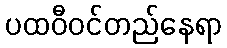
ပထဝီဝင်တည်နေရာ